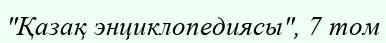
"Қазақ энциклопедиясы", 7 том